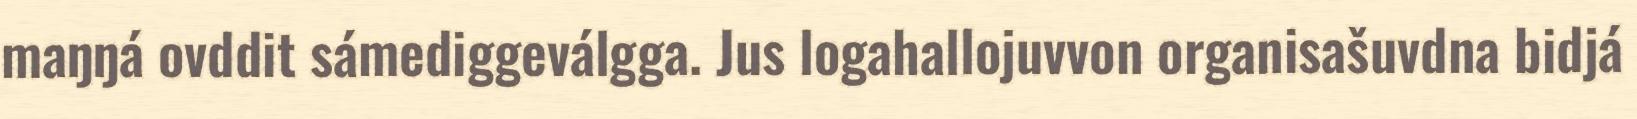
maŋŋá ovddit sámediggeválgga. Jus logahallojuvvon organisašuvdna bidjá